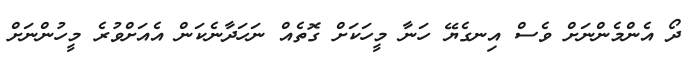
ދޯ އެންމެންނަށް ވެސް އިނގެޔޭ ހަނާ މީހަކަށް ގޮތެއް ނަހަދާނެކަން އެއަށްވުރެ މީހުންނަށް